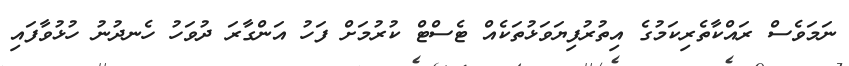
ނަމަވެސް ރައްކާތެރިކަމުގެ އިތުރުފިޔަވަޅުތަކެއް ޓެސްޓް ކުރުމަށް ފަހު އަންގާރަ ދުވަހު ހެނދުނު ހުޅުވާފައި